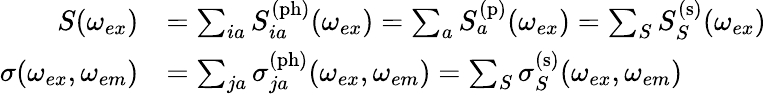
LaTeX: \begin{array}{rl}{S(\omega_{ex})}&{=\sum_{ia}S_{ia}^{\mathrm{(ph)}}(\omega_{ex})=\sum_{a}S_{a}^{\mathrm{(p)}}(\omega_{ex})=\sum_{S}S_{S}^{\mathrm{(s)}}(\omega_{ex})}\\ {\sigma(\omega_{ex},\omega_{em})}&{=\sum_{ja}\sigma_{ja}^{\mathrm{(ph)}}(\omega_{ex},\omega_{em})=\sum_{S}\sigma_{S}^{\mathrm{(s)}}(\omega_{ex},\omega_{em})}\end{array}